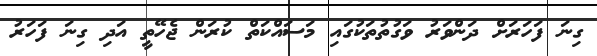
ގިނަ ފަހަރަށް ދަންވަރު ވަގުތުތަކުގައި މަސައްކަތް ކުރަން ޖެހޭތީ އަދި ގިނަ ފަހަރު